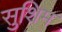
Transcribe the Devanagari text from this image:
सुशिम